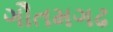
ગૌતમગઢ